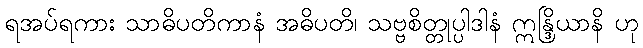
ရအပ်ရကား သာဓိပတိကာနံ အဓိပတိ၊ သဗ္ဗစိတ္တုပ္ပါဒါနံ ဣန္ဒြိယာနိ ဟု